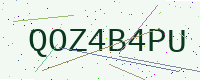
Text: QOZ4B4PU